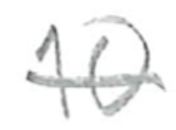
Text: 10
Cross-out: single-line
Writing tool: pencil